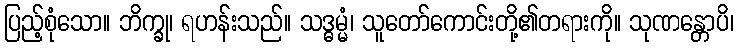
ပြည့်စုံသော။ ဘိက္ခု၊ ရဟန်းသည်။ သဒ္ဓမ္မံ၊ သူတော်ကောင်းတို့၏တရားကို။ သုဏန္တောပိ၊